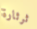
ثرثارة